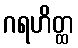
ဂရဟိတ္ထ